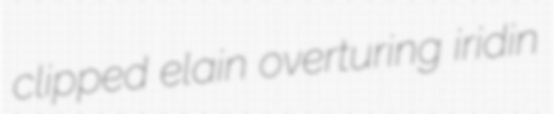
clipped elain overturing iridin